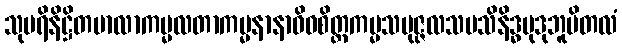
သုပရိနိဋ္ဌိတမာလာကမ္မလတာကမ္မနာနာဝိဓစိတ္တကမ္မသမုဇ္ဇလသမသိနိဒ္ဓမုဒုဘူမိတလံ